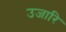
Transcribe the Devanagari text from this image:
उजारि